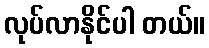
လုပ်လာနိုင်ပါ တယ်။